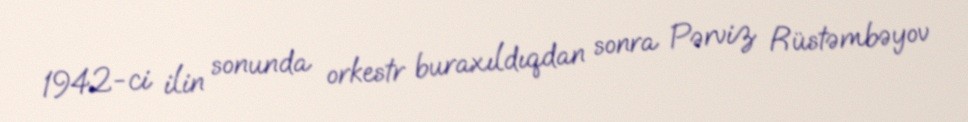
1942-ci ilin sonunda orkestr buraxıldıqdan sonra Pərviz Rüstəmbəyov